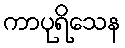
ကာပုရိသေန